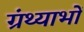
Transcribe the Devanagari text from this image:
ग्रंथ्याभों